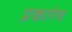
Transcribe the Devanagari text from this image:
प्रकारेच